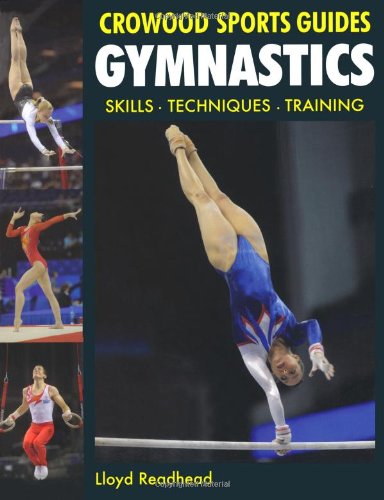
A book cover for Gymnastics: Skills - Techniques - Training (Crowood Sports Guides); Lloyd Readhead; Sports & Outdoors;